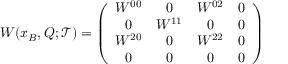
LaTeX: W ( x _ { B } , Q ; { \mathcal T } ) = \left( \begin{array} { c c c c } { { W ^ { 0 0 } } } & { { 0 } } & { { W ^ { 0 2 } } } & { { 0 } } \\ { { 0 } } & { { W ^ { 1 1 } } } & { { 0 } } & { { 0 } } \\ { { W ^ { 2 0 } } } & { { 0 } } & { { W ^ { 2 2 } } } & { { 0 } } \\ { { 0 } } & { { 0 } } & { { 0 } } & { { 0 } } \end{array} \right)